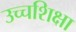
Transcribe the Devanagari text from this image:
उच्चशिक्षा